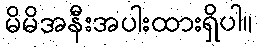
မိမိအနီးအပါးထားရှိပါ။